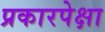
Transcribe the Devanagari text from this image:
प्रकारपेक्षा